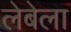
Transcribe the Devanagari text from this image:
लेबेला